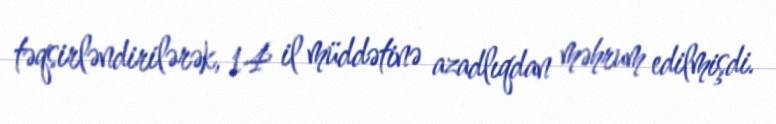
təqsirləndirilərək, 14 il müddətinə azadlıqdan məhrum edilmişdi.